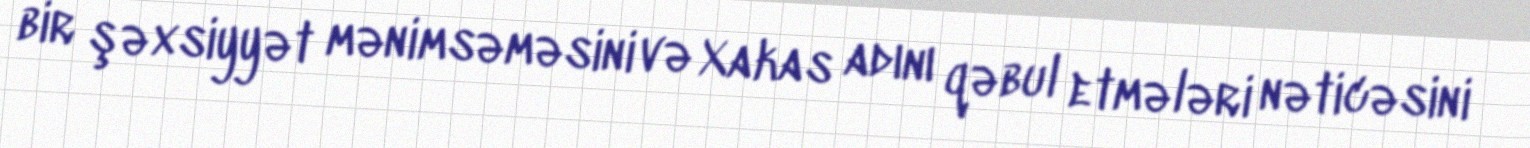
bir şəxsiyyət mənimsəməsini və Xakas adını qəbul etmələri nəticəsini